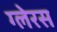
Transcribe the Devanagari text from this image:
ग्लेरस